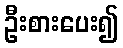
ဦးစားပေး၍